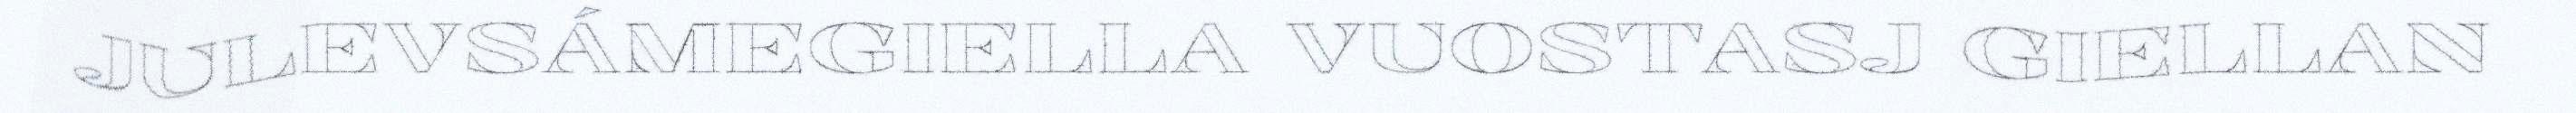
JULEVSÁMEGIELLA VUOSTASJ GIELLAN